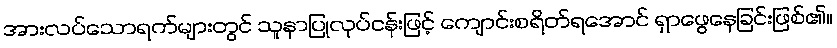
အားလပ်သောရက်များတွင် သူနာပြုလုပ်ငန်းဖြင့် ကျောင်းစရိတ်ရအောင် ရှာဖွေနေခြင်းဖြစ်၏။